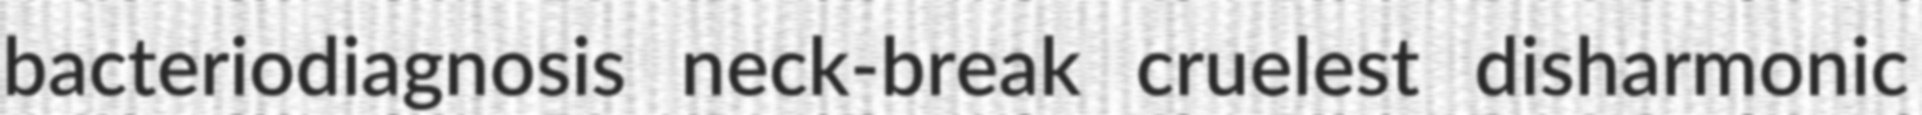
bacteriodiagnosis neck-break cruelest disharmonic